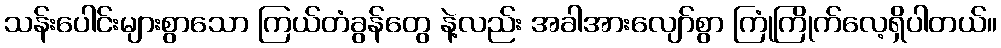
သန်းပေါင်းများစွာသော ကြယ်တံခွန်တွေ နဲ့လည်း အခါအားလျော်စွာ ကြုံကြိုက်လေ့ရှိပါတယ်။